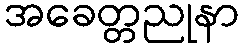
အခေတ္တညုနာ